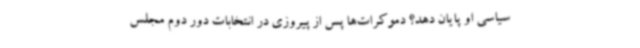
سیاسی او پایان دهد؟ دموکرات‌ها پس از پیروزی در انتخابات دور دوم مجلس